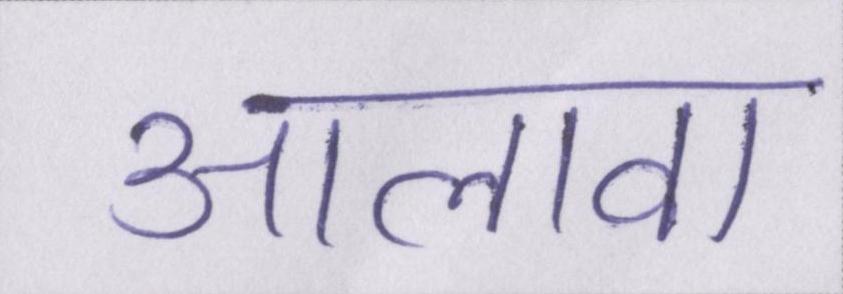
आलावा